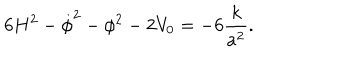
LaTeX: 6 H ^ { 2 } - \dot { \phi } ^ { 2 } - \phi ^ { 2 } - 2 V _ { 0 } = - 6 { \frac { k } { a ^ { 2 } } } .